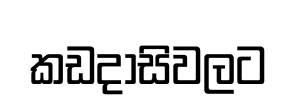
කඩදාසිවලට